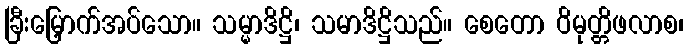
ခြီးမြှောက်အပ်သော။ သမ္မာဒိဋ္ဌိ၊ သမာဒိဋ္ဌိသည်။ စေတော ဝိမုတ္တိဖလာစ၊